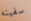
سفينه